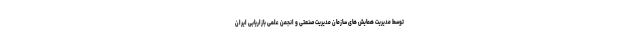
توسط مدیریت همایش های سازمان مدیریت صنعتی و انجمن علمی بازاریابی ایران